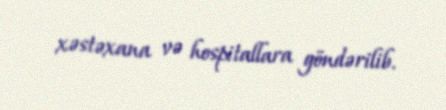
xəstəxana və hospitallara göndərilib.